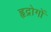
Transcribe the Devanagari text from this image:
हृद्रोगों